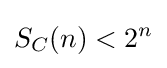
S_{C}(n)<2^{n}